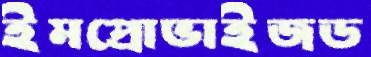
ইমপ্রোভাইজড